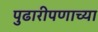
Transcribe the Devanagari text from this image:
पुढारीपणाच्या